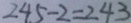
2 4 5 - 2 = 2 4 3